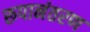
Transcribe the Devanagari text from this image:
रूपानंतरण